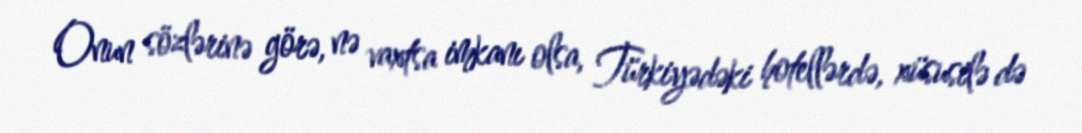
Onun sözlərinə görə, nə vaxtsa imkanı olsa, Türkiyədəki hotellərdə, xüsusilə də